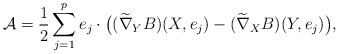
\begin{align*}\mathcal{A}= \frac{1}{2} \sum_{j=1}^p e_j \cdot \big( (\widetilde{\nabla}_YB)(X,e_j)-(\widetilde{\nabla}_XB)(Y,e_j) \big),\end{align*}